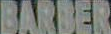
BARBER